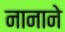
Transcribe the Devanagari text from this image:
नानाने